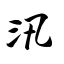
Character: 汛